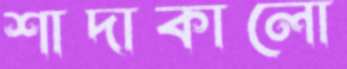
শাদাকালো